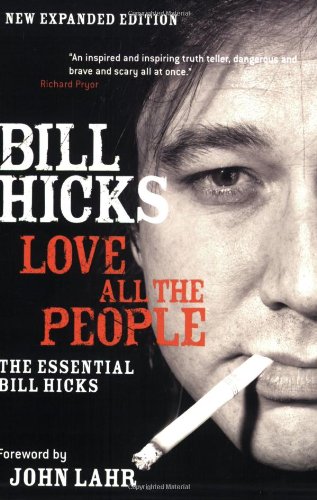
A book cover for Love All the People: The Essential Bill Hicks; Bill Hicks; Humor & Entertainment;